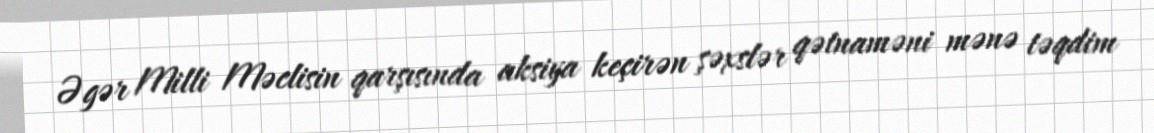
Əgər Milli Məclisin qarşısında aksiya keçirən şəxslər qətnaməni mənə təqdim